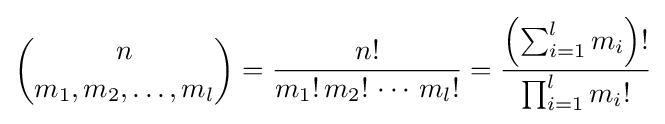
{n \choose m_{1},m_{2},\ldots ,m_{l}}={\frac {n!}{m_{1}!\,m_{2}!\,\cdots \,m_{l}!}}={\frac {\left(\sum _{i=1}^{l}{m_{i}}\right)!}{\prod _{i=1}^{l}{m_{i}!}}}